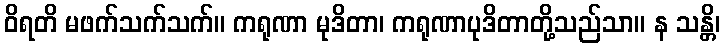
ဝိရတိ မဖက်သက်သက်။ ကရုဏာ မုဒိတာ၊ ကရုဏာပုဒိတာတို့သည်သာ။ န သန္တိ၊